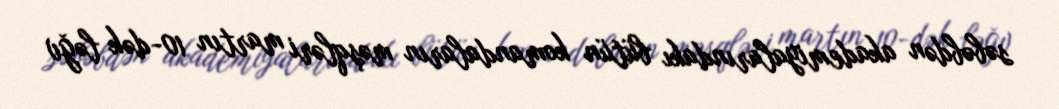
səbəbdən akademiyalarındakı bütün komandaların məşqləri martın 10-dək ləğv